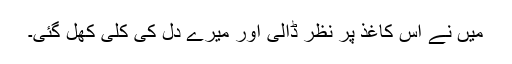
میں نے اس کاغذ پر نظر ڈالی اور میرے دل کی کلی کھل گئی۔